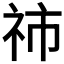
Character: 𥙅